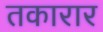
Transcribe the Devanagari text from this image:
तकारार